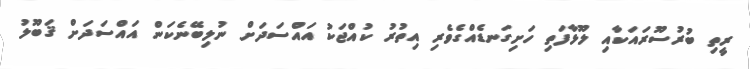
ރީތި ބުރުސޫރައަކާއި ލޫޅާފަތި ހަށިގަނޑެއްގެވެރި އިތުރު ކުއްޖަކު އައްސަދަށް ނުލިބޭނެކަން އައްސަދަށް ޤަބޫލު